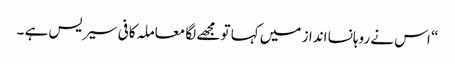
“ اس نے روہانسا انداز میں کہا تو مجھے لگا معاملہ کافی سیریس ہے ۔